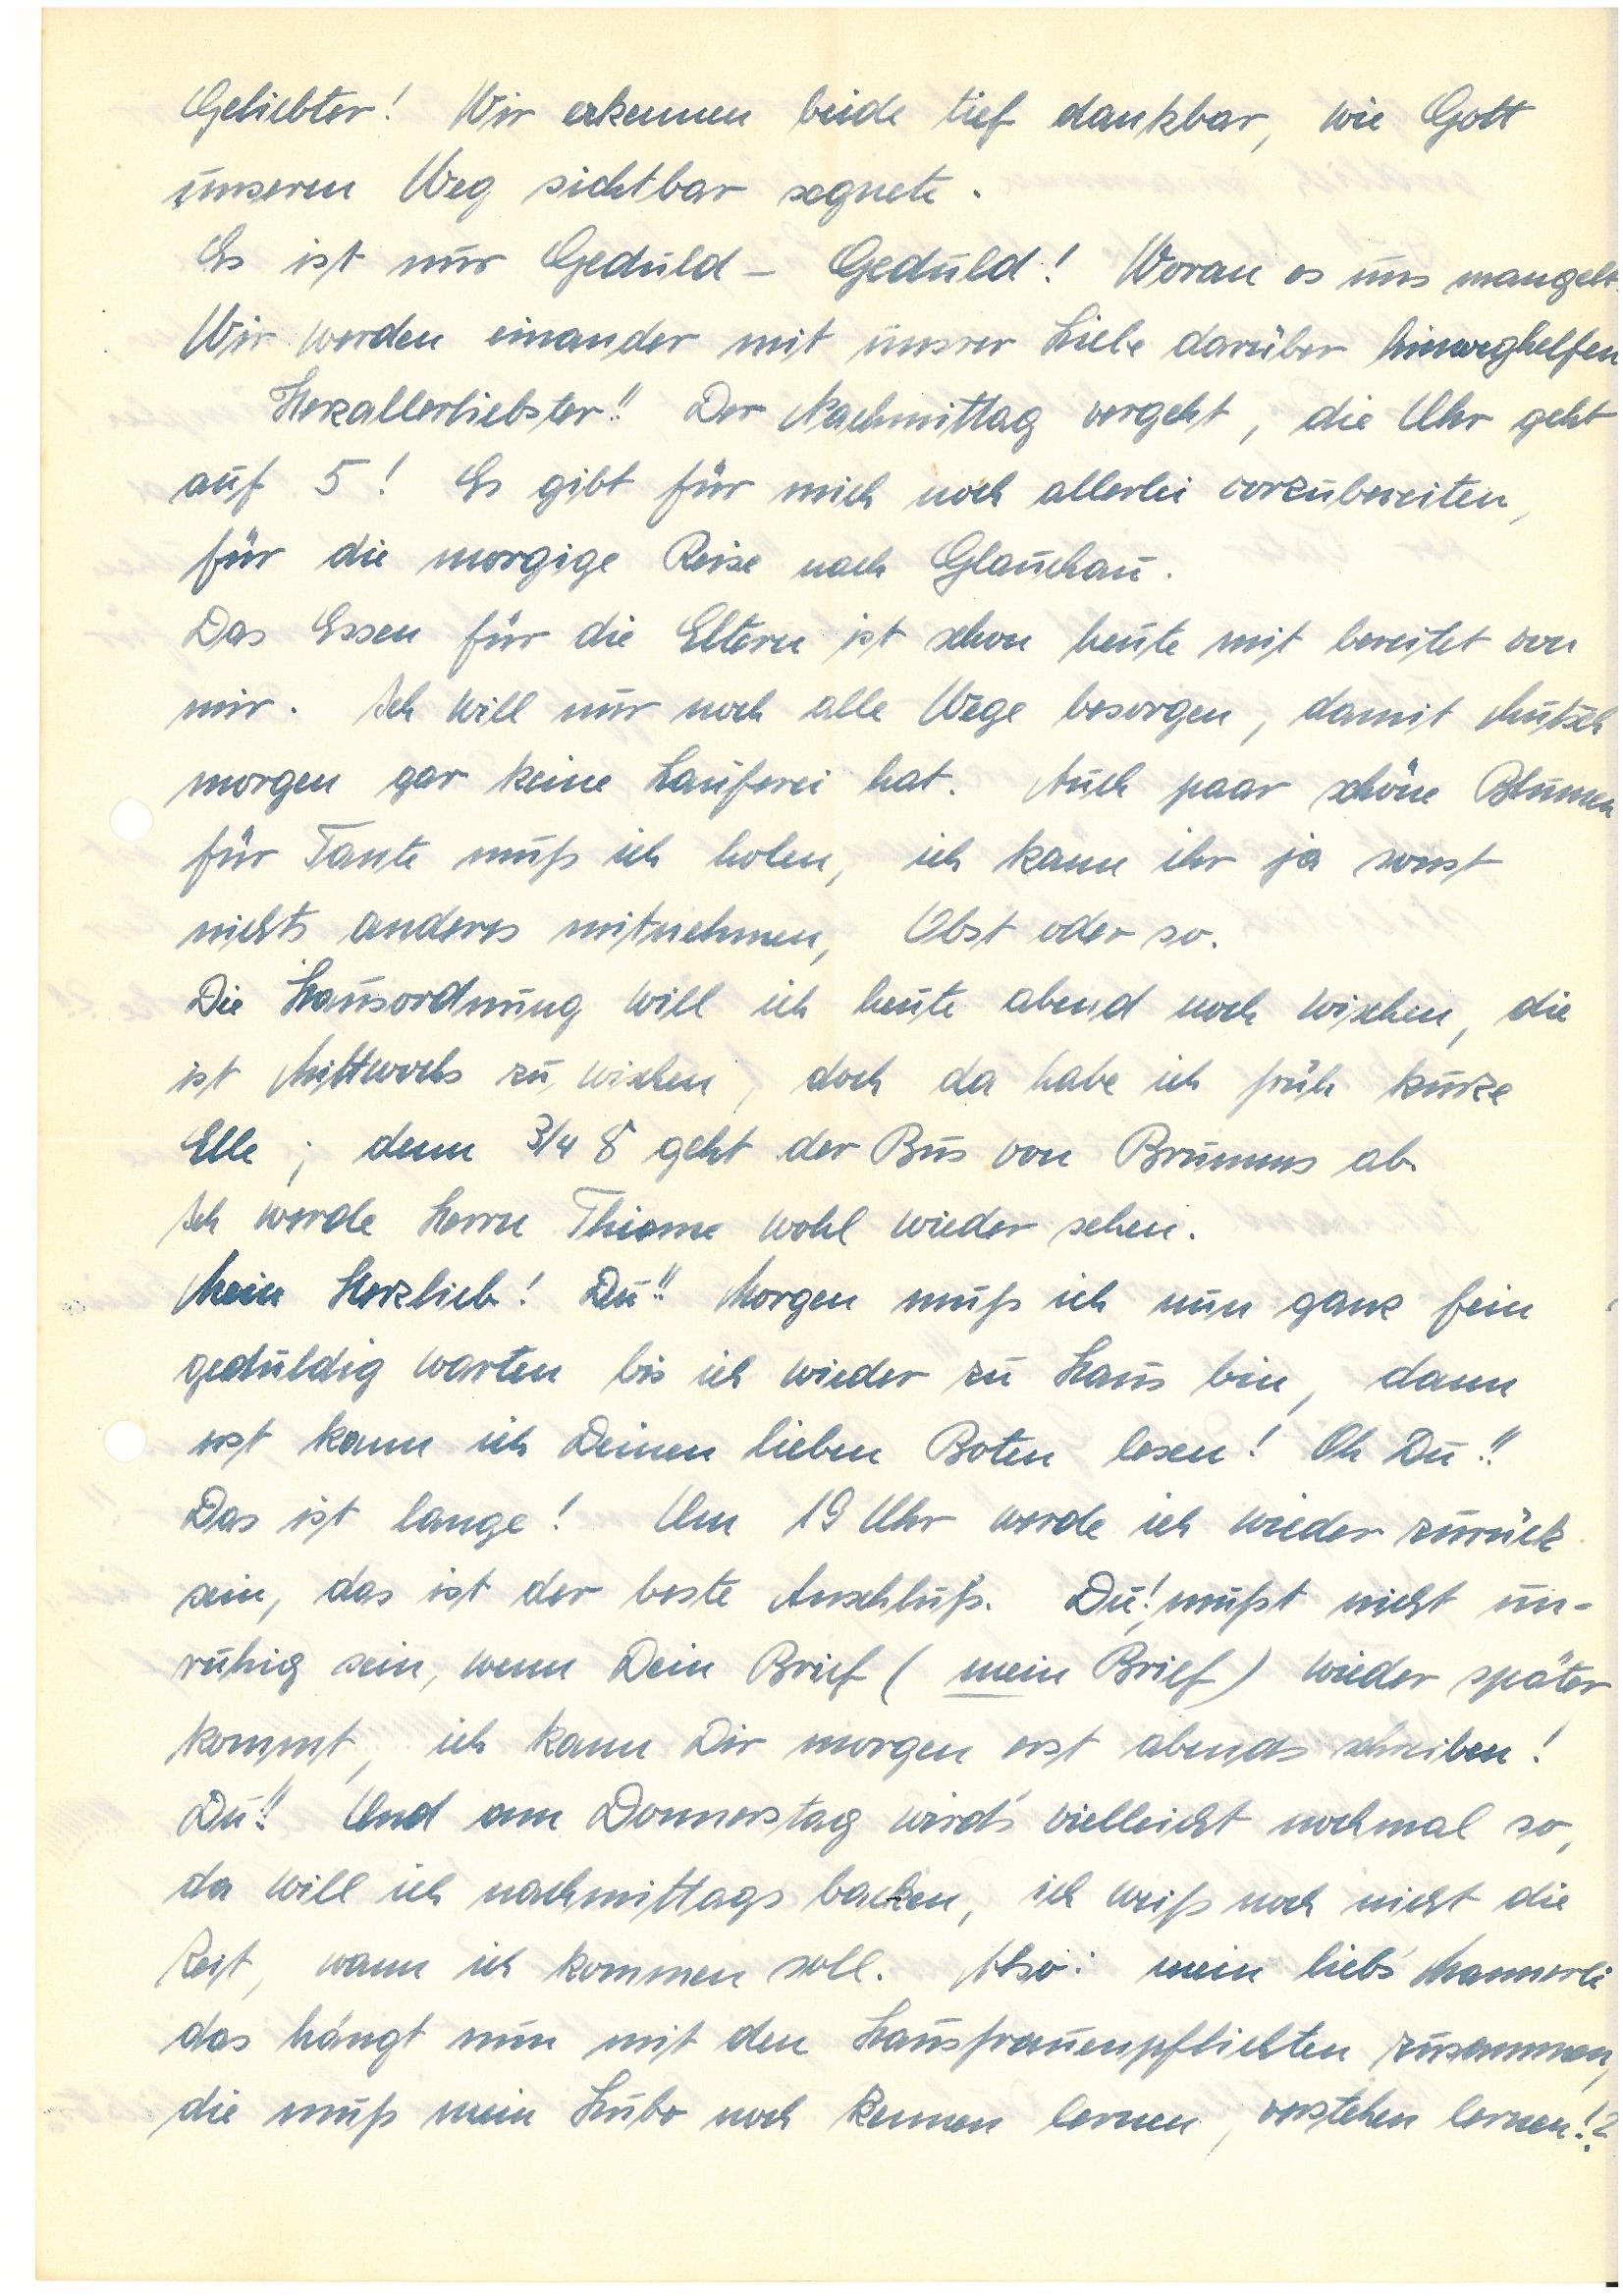
Geliebter! Wir erkennen beide tief dankbar, wie Gott
unseren Weg sichtbar segnete.
Es ist nur Geduld – Geduld! Woran es uns mangelt.
Wir werden einander mit unsrer Liebe darüber hinweghelfen.
Herzallerliebster! Der Nachmittag vergeht, die Uhr geht
auf 5! Es gibt für mich noch allerlei vorzubereiten,
für die morgige Reise nach G.
Das Essen für die Eltern ist schon heute mit bereitet von
mir. Ich will nur noch alle Wege besorgen, damit Mutsch
morgen gar keine Lauferei hat. Auch paar schöne Blumen
für Tante muß ich holen, ich kann ihr ja sonst
nichts anderes mitnehmen, Obst oder so.
Die Hausordnung will ich heute abend noch wischen, die
ist Mittwochs zu wischen, doch da habe ich früh kurze
Elle; denn ¾ 8 geht der Bus von B. ab.
Ich werde Herrn T. wohl wieder sehen.
Mein Herzlieb! Du!! Morgen muß ich nun ganz fein
geduldig warten bis ich wieder zu Haus bin, dann
erst kann ich Deinen lieben Boten lesen! Oh Du!!
Das ist lange! Um 19 Uhr werde ich wieder zurück
sein, das ist der beste Anschluß. Du! mußt nicht un¬
ruhig sein, wenn Dein Brief (mein Brief) wieder später
kommt, ich kann Dir morgen erst abends schreiben! Du!!
Und am Donnerstag wird’s vielleicht noch mal so,
da will ich nachmittags backen, ich weiß noch nicht die
Zeit, wann ich kommen soll. Also: mein lieb’s Mannerli
das hängt nun mit den Hausfrauenpflichten zusammen,
die muß mein Hubo noch kennen lernen, verstehen lernen?!